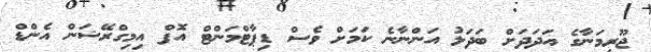
ޖޫރިމަނާގެ އަދަދަށް ބަދަލު އަންނާނެ ކަމަށް ވެސް ޑިޕާޓްމަންްޓް އޮފް އިމިގްރޭޝަން އެންޑް